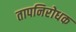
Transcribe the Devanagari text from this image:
तापनिरोधक